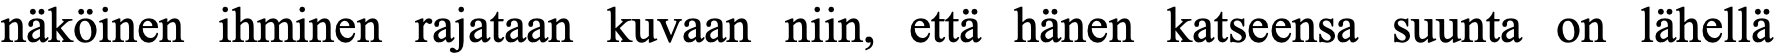
näköinen ihminen rajataan kuvaan niin, että hänen katseensa suunta on lähellä